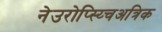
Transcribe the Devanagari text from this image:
नेउरोप्स्य्चिअत्रिक